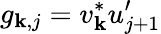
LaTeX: g_{\mathbf{k},j}=v_{\mathbf{k}}^{*}u_{j+1}^{\prime}